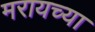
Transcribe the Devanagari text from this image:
मरायच्या